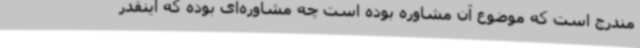
مندرج است که موضوع آن مشاوره بوده است چه مشاوره‌ای بوده که اینقدر